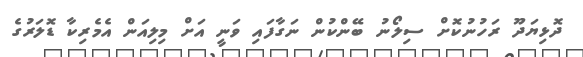
ދޮޅިޔަދޫ ރަހުނުކޮށް ސިލޯނު ބޭންކުން ނަގާފައި ވަނީ އަށް މިލިއަން އެމެރިކާ ޑޮލަރުގެ